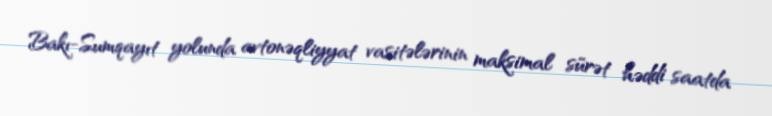
Bakı-Sumqayıt yolunda avtonəqliyyat vasitələrinin maksimal sürət həddi saatda